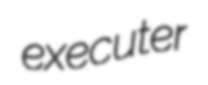
executer